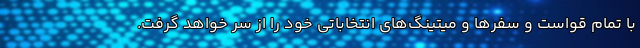
با تمام قواست و سفرها و میتینگ‌های انتخاباتی خود را از سر خواهد گرفت.